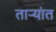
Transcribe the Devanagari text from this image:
ताऱ्यांत